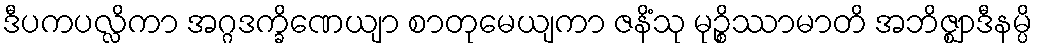
ဒီပကပလ္လိကာ အဂ္ဂဒက္ခိဏေယျာ စာတုမေယျကာ ဇနိံသု မုဉ္စိဿာမာတိ အဘိဇ္ဈာဒီနမ္ပိ